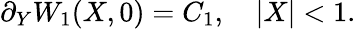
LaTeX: \partial_{Y}W_{1}(X,0)=C_{1},\quad|X|<1.